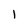
Character: l